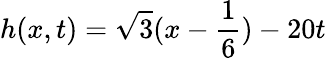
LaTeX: h(x,t)=\sqrt{3}(x-\frac{1}{6})-20t